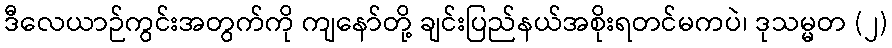
ဒီလေယာဉ်ကွင်းအတွက်ကို ကျနော်တို့ ချင်းပြည်နယ်အစိုးရတင်မကပဲ၊ ဒုသမ္မတ (၂)